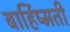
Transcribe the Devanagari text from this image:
बार्हिष्मती